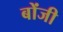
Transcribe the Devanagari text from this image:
बोंजी